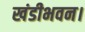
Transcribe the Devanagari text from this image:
खंडीभवन।